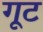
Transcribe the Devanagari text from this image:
गूट